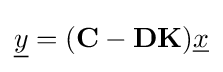
{\underline {y}}=(\mathbf {C} -\mathbf {D} \mathbf {K} ){\underline {x}}